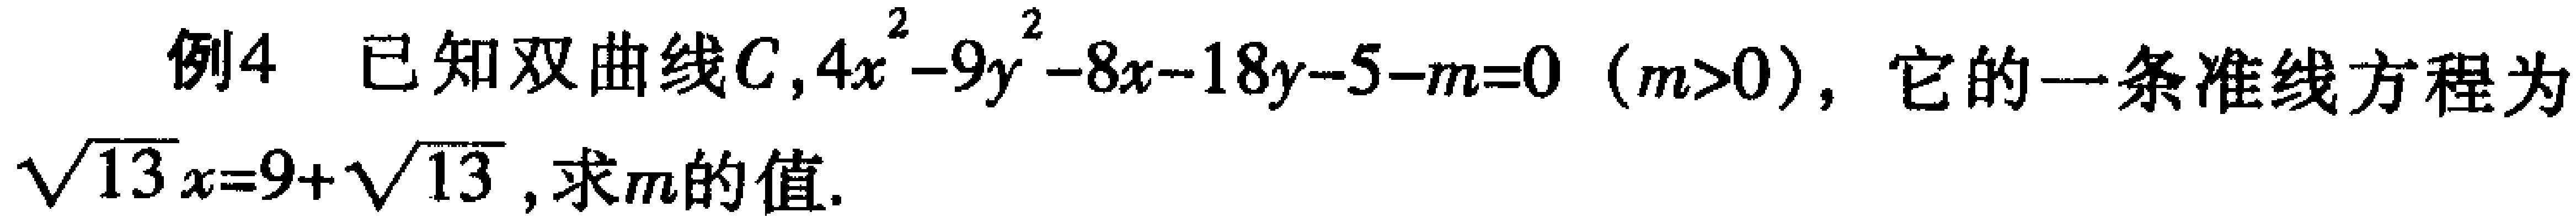
例4 已知双曲线\(C,4x^{2}-9y^{2}-8x - 18y - 5 - m = 0\) (\(m>0\))，它的一条准线方程为\(\sqrt{13}x=9 + \sqrt{13}\)，求\(m\)的值.